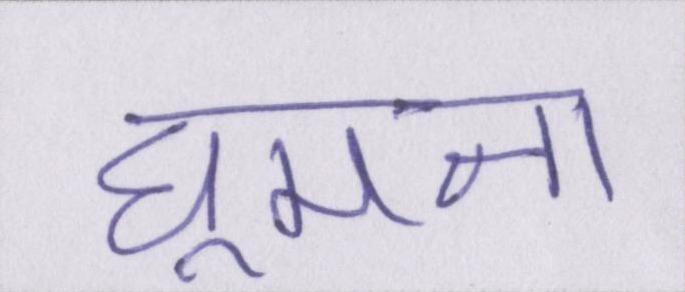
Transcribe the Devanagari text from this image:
घूमना